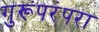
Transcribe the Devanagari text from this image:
गुरूंपरंपरा